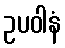
ဥပဝါနံ